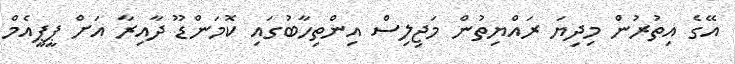
އޭގެ އިތުރުން މިދިޔަ ރައްޔިތުން މަޖިލިސް އިންތިހާބުގައި ކޮމަންޑޫ ދާއިރާ އަށް ޕީޕީއެމް